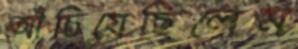
আঁচিয়েছিলেম